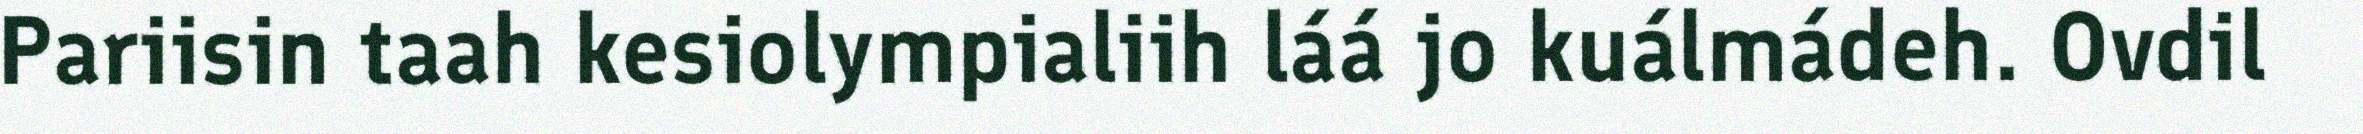
Pariisin taah kesiolympialiih láá jo kuálmádeh. Ovdil